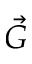
\vec { G }